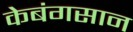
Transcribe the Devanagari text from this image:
केबंगसान